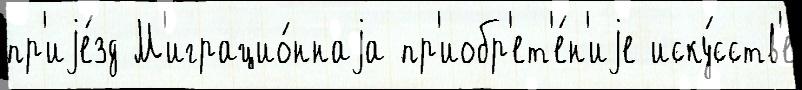
пр'иjе́зд М'играцио́ннаjа пр'иобр'ет'е́н'иjе иску́сств'е